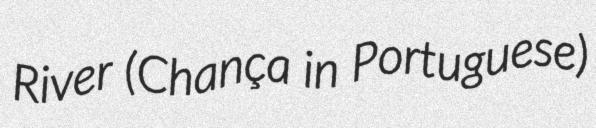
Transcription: River (Chança in Portuguese)